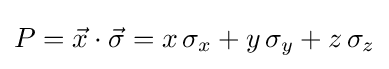
P={\vec {x}}\cdot {\vec {\sigma }}=x\,\sigma _{x}+y\,\sigma _{y}+z\,\sigma _{z}